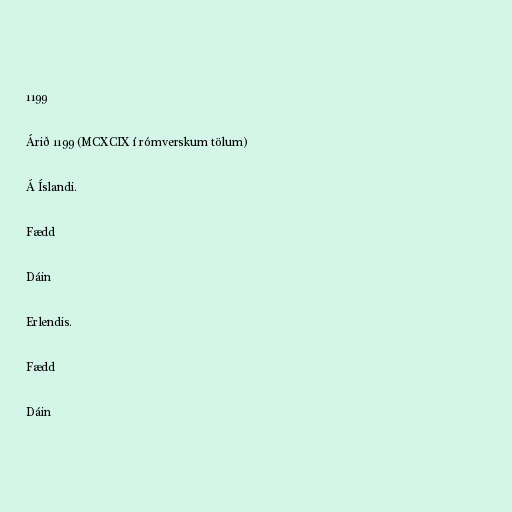
1199

Árið 1199 (MCXCIX í rómverskum tölum)

Á Íslandi.

Fædd

Dáin

Erlendis.

Fædd

Dáin